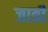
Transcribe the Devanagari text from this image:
जात्री